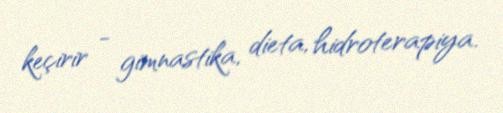
keçirir - gimnastika, dieta, hidroterapiya.